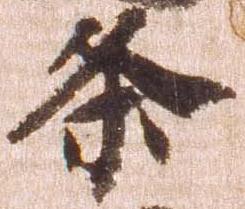
条